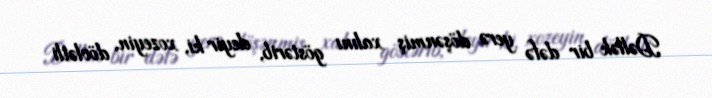
Dəllək bir dəfə yerə döşənmiş xalını göstərib, deyir ki, xozeyin, dövlətli